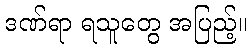
ဒဏ်ရာ ရသူတွေ အပြည့်။